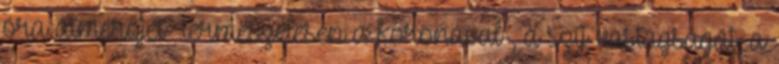
óra átmérőjét- természetesen a koronával-, a szíj vastagságát, a